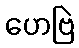
ဟေဗြဲ